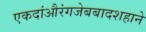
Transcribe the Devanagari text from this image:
एकदांऔरंगजेबबादशहाने